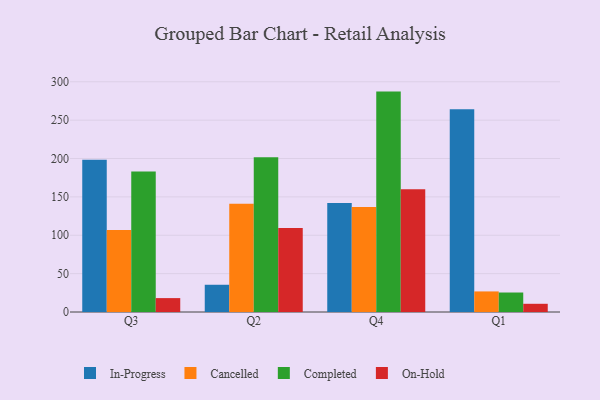
{"axis": {"x": "Quarter", "y": "Revenue (USD Million)"}, "legend": ["Cancelled", "Completed", "In-Progress", "On-Hold"], "data": [{"x": "Q3", "y": 198.5, "type": "In-Progress"}, {"x": "Q3", "y": 106.7, "type": "Cancelled"}, {"x": "Q3", "y": 183.0, "type": "Completed"}, {"x": "Q3", "y": 18.1, "type": "On-Hold"}, {"x": "Q2", "y": 35.5, "type": "In-Progress"}, {"x": "Q2", "y": 140.9, "type": "Cancelled"}, {"x": "Q2", "y": 201.6, "type": "Completed"}, {"x": "Q2", "y": 109.3, "type": "On-Hold"}, {"x": "Q4", "y": 142.1, "type": "In-Progress"}, {"x": "Q4", "y": 136.7, "type": "Cancelled"}, {"x": "Q4", "y": 287.2, "type": "Completed"}, {"x": "Q4", "y": 160.1, "type": "On-Hold"}, {"x": "Q1", "y": 264.1, "type": "In-Progress"}, {"x": "Q1", "y": 26.8, "type": "Cancelled"}, {"x": "Q1", "y": 25.4, "type": "Completed"}, {"x": "Q1", "y": 10.7, "type": "On-Hold"}]}